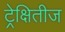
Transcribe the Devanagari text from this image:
ट्रेक्षितीज